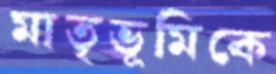
মাতৃভূমিকে